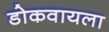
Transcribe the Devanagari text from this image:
डोकवायला